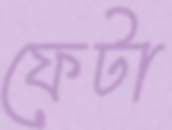
ফেটা